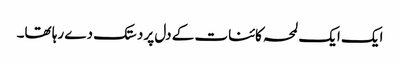
ایک ایک لمحہ کائنات کے دل پر دستک دے رہا تھا۔